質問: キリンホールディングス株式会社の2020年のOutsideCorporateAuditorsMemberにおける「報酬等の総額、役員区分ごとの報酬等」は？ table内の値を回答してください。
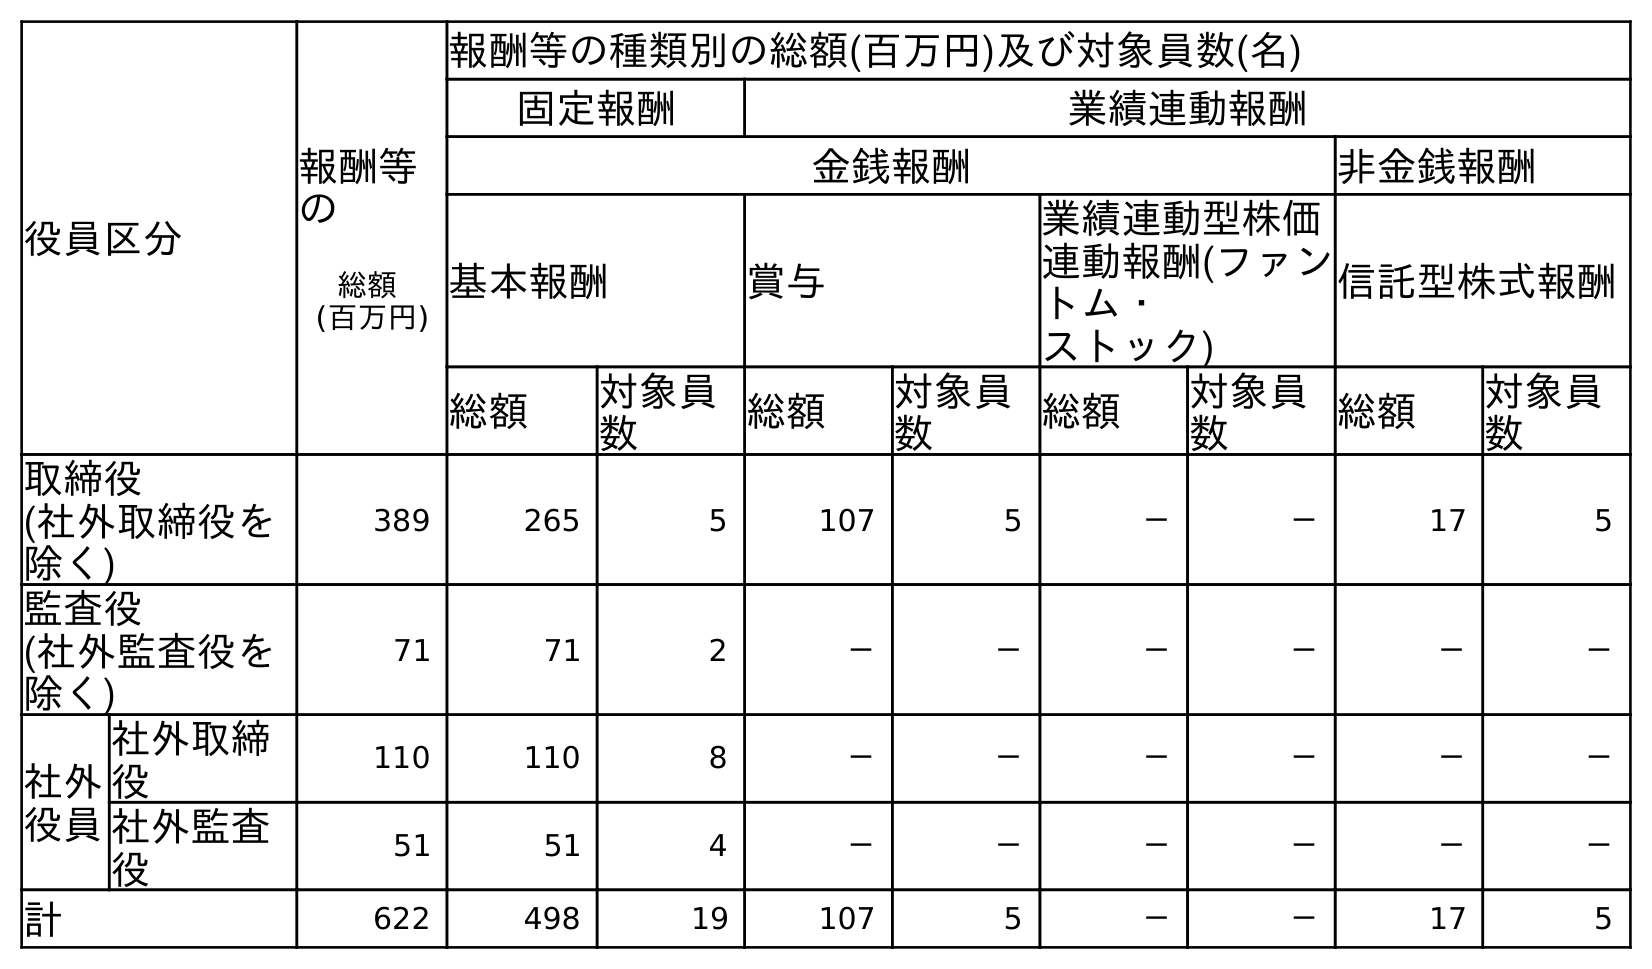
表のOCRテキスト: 役員区分 報酬等 の 総額 (百万円) 報酬等の種類別の総額(百万円)及び対象員数(名) 固定報酬 業績連動報酬 金銭報酬 非金銭報酬 基本報酬 賞与 業績連動型株価 連動報酬(ファン トム・ ストック) 信託型株式報酬 総額 対象員 数 総額 対象員 数 総額 対象員 数 総額 対象員 数 取締役 (社外取締役を 除く) 389 265 5 107 5 － － 17 5 監査役 (社外監査役を 除く) 71 71 2 － － － － － － 社外 役員 社外取締 役 110 110 8 － － － － － － 社外監査 役 51 51 4 － － － － － － 計 622 498 19 107 5 － － 17 5
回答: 51